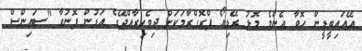
އޭއައިބީޑީން ހޮވާ އެންމެ މޮޅު ރޭޑިއޯ ޕްރޮގްރާމަކަށް ދިވެހިރާއްޖޭގެ އަޑުން ފޮނުވާ "ސައިންސް